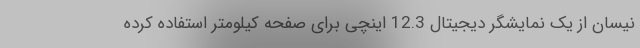
نیسان از یک نمایشگر دیجیتال 12.3 اینچی برای صفحه کیلومتر استفاده کرده